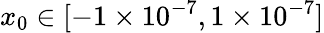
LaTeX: x_{0}\in[-1\times 10^{-7},1\times 10^{-7}]